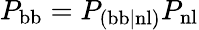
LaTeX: P_{\mathrm{bb}}=P_{\mathrm{(bb|nl)}}P_{\mathrm{nl}}